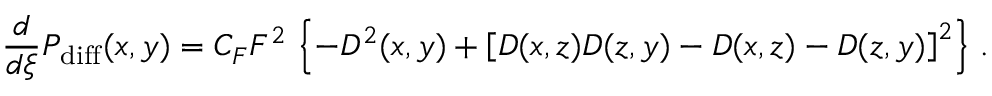
{ \frac { d } { d \xi } } P _ { \mathrm { d i f f } } ( x , y ) = C _ { F } F ^ { 2 } \, \left\{ - D ^ { 2 } ( x , y ) + \left[ D ( x , z ) D ( z , y ) - D ( x , z ) - D ( z , y ) \right] ^ { 2 } \right\} \, .